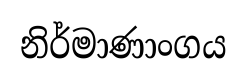
නිර්මාණාංගය